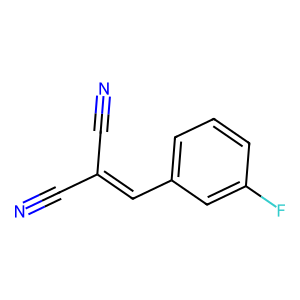
SMILES: N#CC(C#N)=Cc1cccc(F)c1
Inhibits HIV replication: No